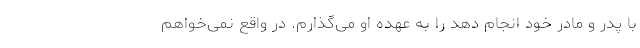
با پدر و مادر خود انجام دهد را به عهده او می‌گذارم. در واقع نمی‌خواهم